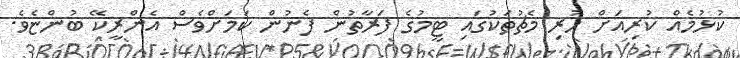
ކުޅުމެއް ކުރިއަށް ހުރި މެޗުތަކުގައި ޓީމުގެ ފަރާތުން ފެނުން ކަމަށްވެސް އެންރީކޭ ބުންޏެވެ.